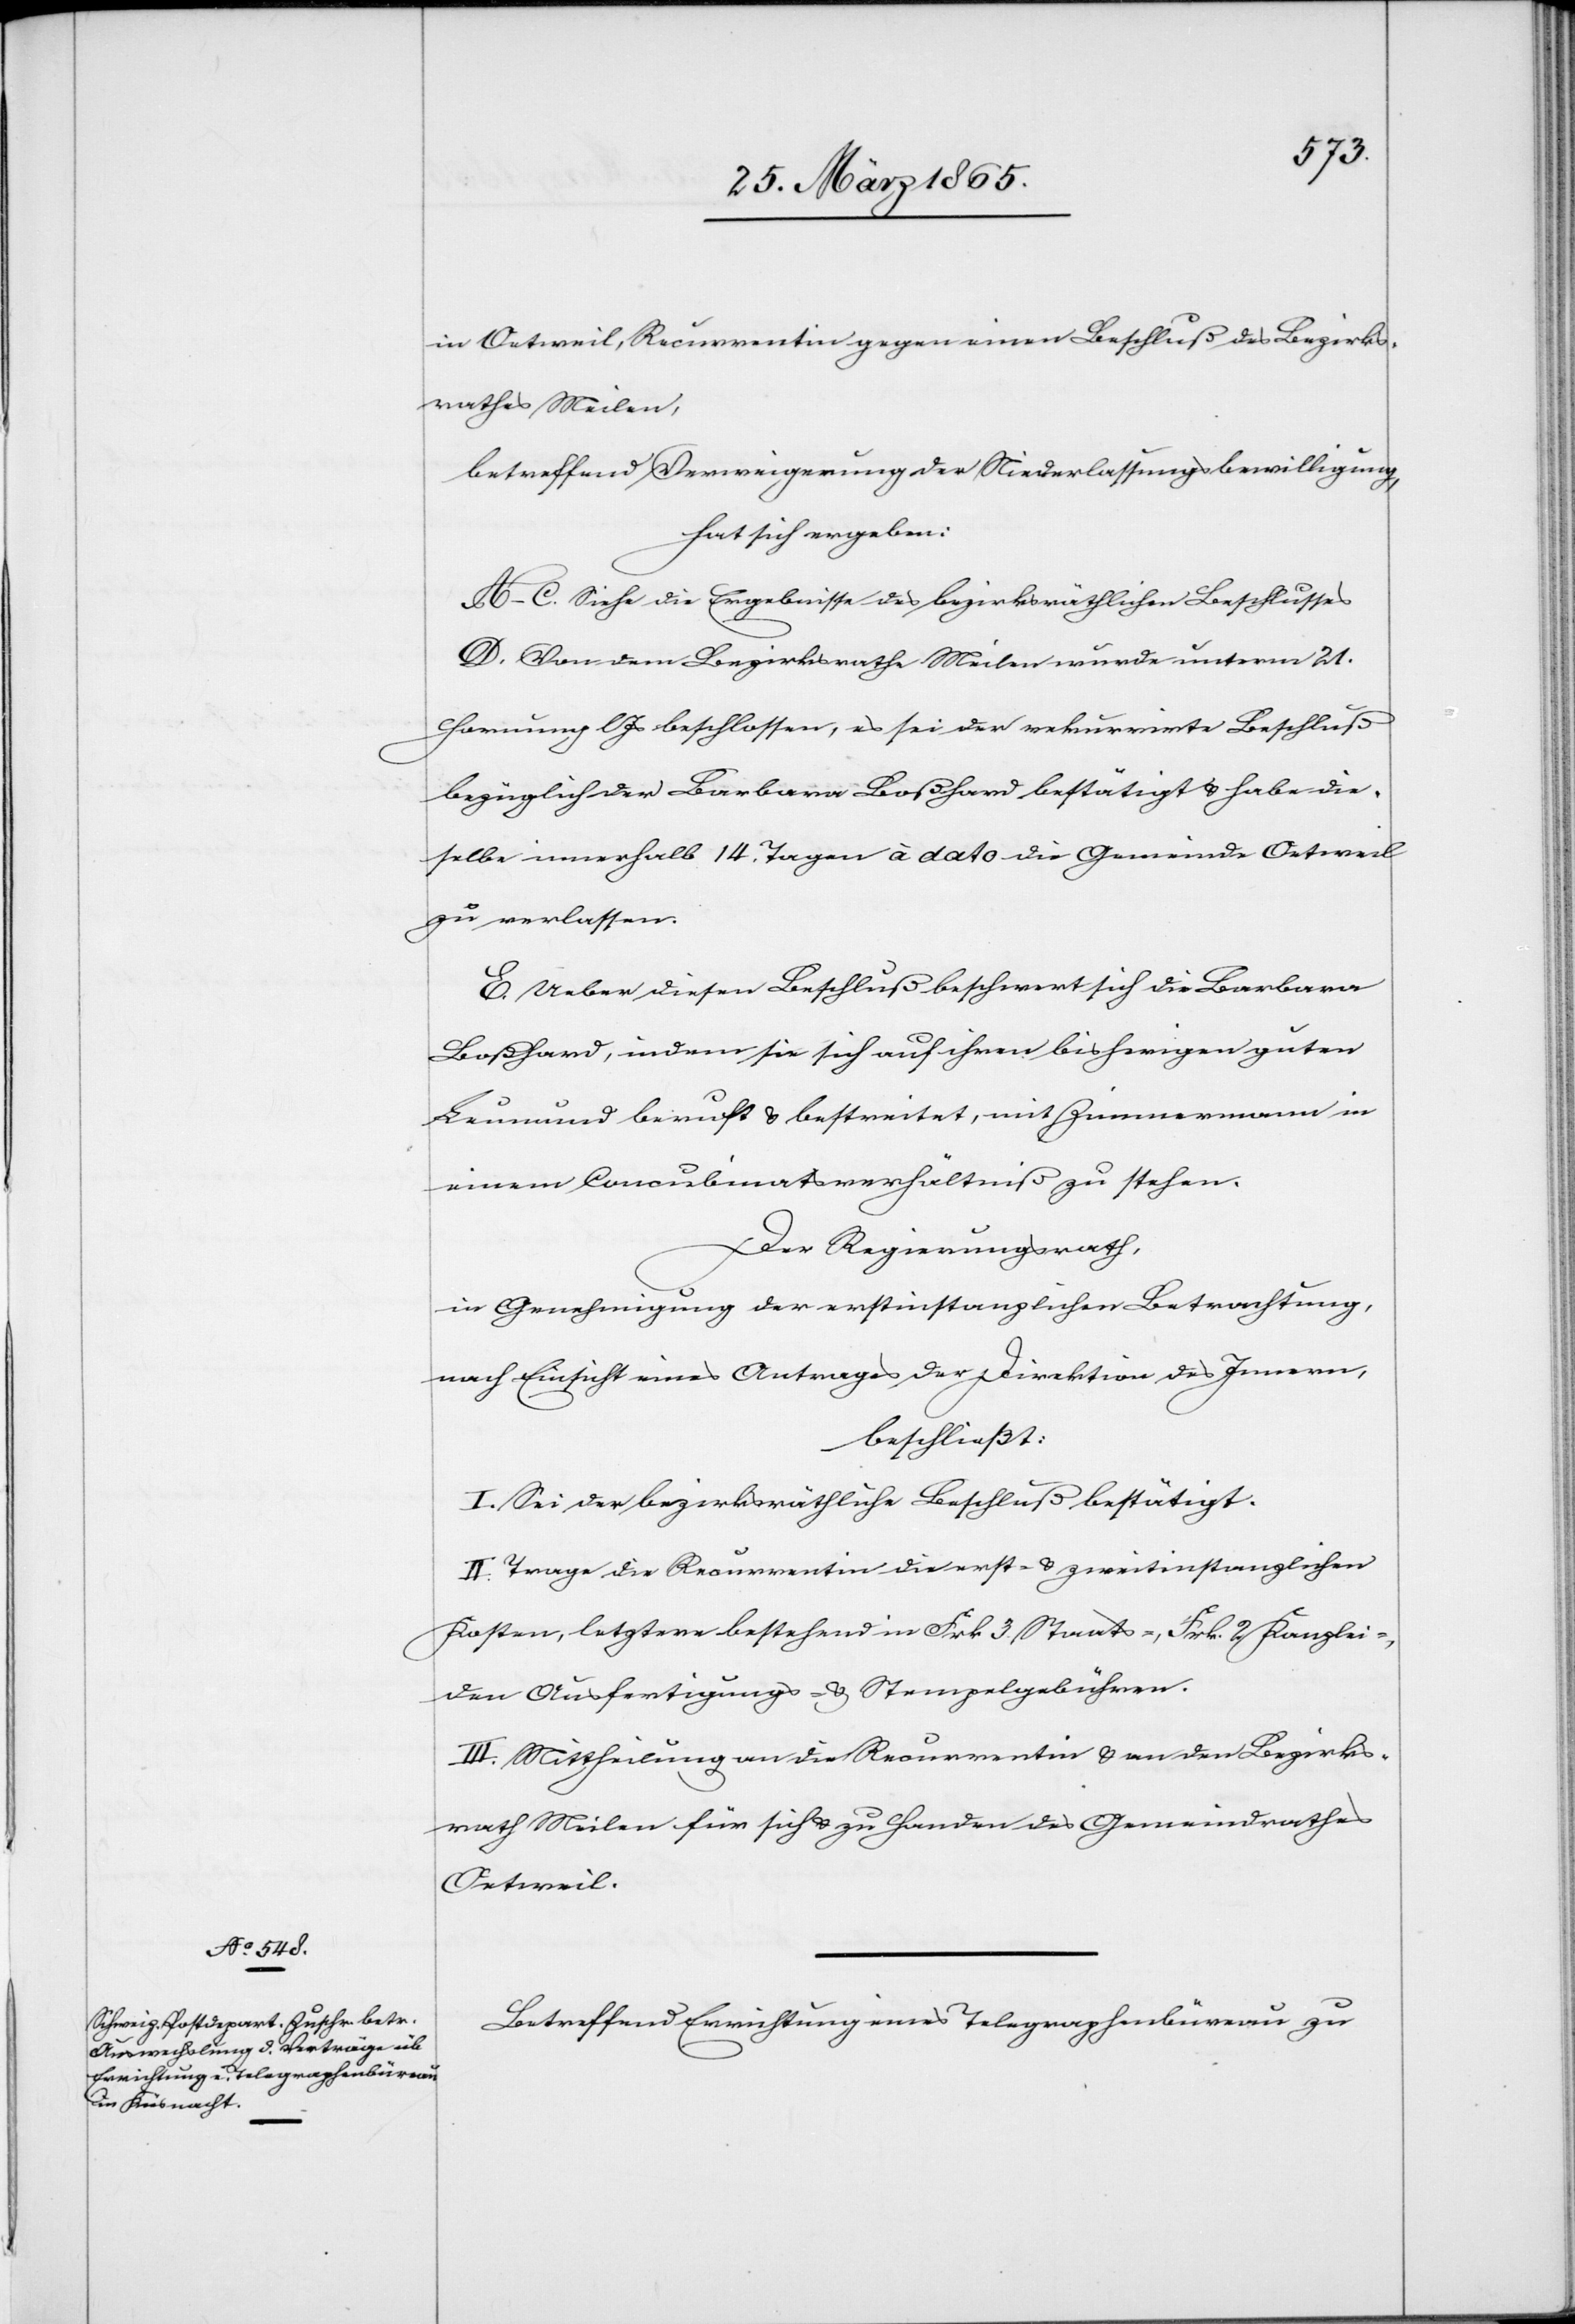
in Oetweil, Recurrentin gegen einen Beschluß des Bezirks¬
rathes Meilen,
betreffend Verweigerung der Niederlassungsbewilligung,
hat sich ergeben:
A–C. Siehe die Ergebnisse des bezirksräthlichen Beschlusses
D. Von dem Bezirksrathe Meilen wurde unterm 21.
Hornung l Js beschlossen, es sei der rekurrirte Beschluß
bezüglich der Barbara Boßhard bestätigt & habe die¬
selbe innerhalb 14. Tagen à dato die Gemeinde Oetweil
zu verlassen.
E. Ueber diesen Beschluß beschwert sich die Barbara
Boßhard, indem sie sich auf ihren bisherigen guten
Leumund beruft & bestreitet, mit Zimmermann in
einem Concubinatsverhältniß zu stehen.
Der Regierungsrath,
in Genehmigung der erstinstanzlichen Betrachtung,
nach Einsicht eines Antrages der Direktion des Innern,
beschließt:
I. Sei der bezirksräthliche Beschluß bestätigt.
II. Trage die Recurrentin die erst- & zweitinstanzlichen
Kosten, letztere bestehend in Frk. 3. Staats-, Frk. 2 Kanzlei-,
den Ausfertigungs- & Stempelgebühren.
III. Mittheilung an die Recurrentin & an den Bezirks¬
rath Meilen für sich & zu Handen des Gemeindrathes
Oetweil.
Betreffend Errichtung eines Telegraphenbüreau zu